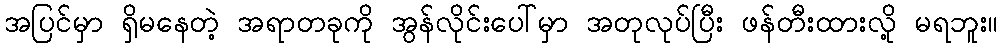
အပြင်မှာ ရှိမနေတဲ့ အရာတခုကို အွန်လိုင်းပေါ်မှာ အတုလုပ်ပြီး ဖန်တီးထားလို့ မရဘူး။